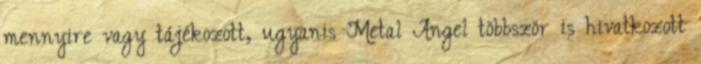
mennyire vagy tájékozott, ugyanis Metal Angel többször is hivatkozott